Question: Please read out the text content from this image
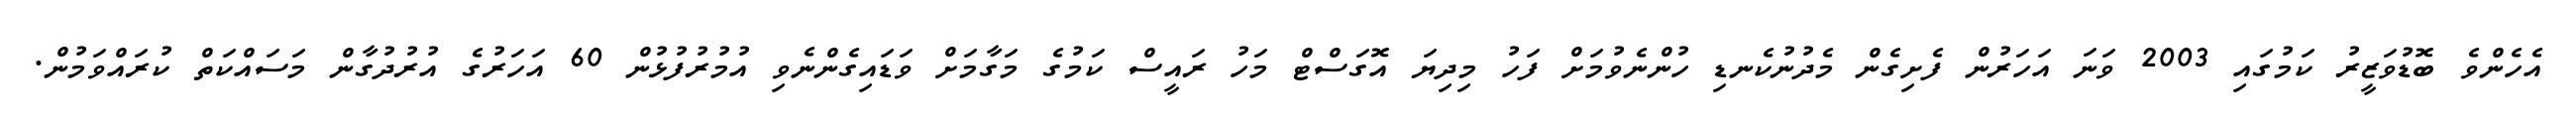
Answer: އެހެންވެ ބޮޑުވަޒީރު ކަމުގައި 2003 ވަނަ އަހަރުން ފެށިގެން މެދުނުކެނޑި ހުންނެވުމަށް ފަހު މިދިޔަ އޮގަސްޓް މަހު ރައީސް ކަމުގެ މަގާމަށް ވަޑައިގެންނެވި އުމުރުފުޅުން 60 އަހަރުގެ އުރުދުގާން މަސައްކަތް ކުރައްވަމުން.